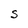
Character: S